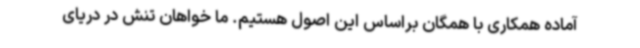
آماده همکاری با همگان براساس این اصول هستیم. ما خواهان تنش در دریای